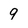
Character: 9